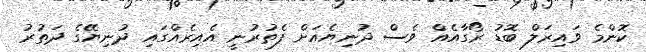
ކޮންމެ ވައިރަލް ބޮޑު ރޯގާއެއް ވެސް ދުނިޔެއަށް ފެތުރުނީ އެއިރެއްގައި ދުނިޔޭގެ ދަތުރު